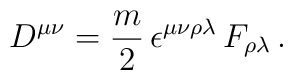
D^{\mu\nu}={m\over2}\,\epsilon^{\mu\nu\rho\lambda}\,F_{\rho\lambda}\,.